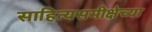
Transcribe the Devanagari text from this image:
साहित्यसमीक्षेच्या